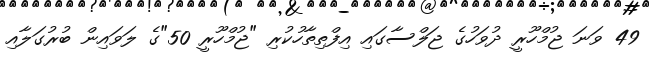
49 ވަނަ ޖުމްހޫރީ ދުވަހުގެ ޖަލްސާގައި އިފްތިތާހުކުރި "ޖުމްހޫރީ 50"ގެ ލަވައިން ބުރުގަލާއި